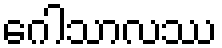
ဂေါသာလဿ